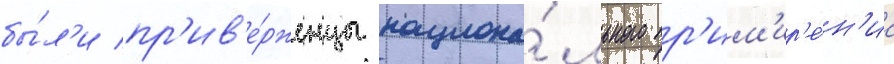
бы́л'и пр'ив'е́рженцы национа́льного пр'им'ир'е́н'иа